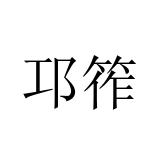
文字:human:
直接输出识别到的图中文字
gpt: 邛筰